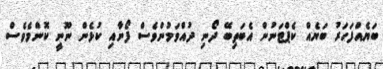
ބަޔެއްފަހަރު ބަޔެއް ކެޕްޓަނުން އެބަތިބޭ ދޯނި ދުއްވަމުންވެސް ފޯނާއި ކުޅެން ނޫނީ ކޮންމެވެސް